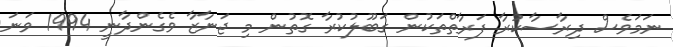
ނަމަވެސް ދިރާސާކުރާ ފަރާތްތަކުން ގަބޫލުކުރާ ގޮތުން މި ޖަނާޒާ ވެގެންދާނީ 1994 ވަނަ